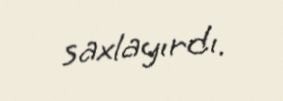
saxlayırdı.